画像に写った文字を読んでください
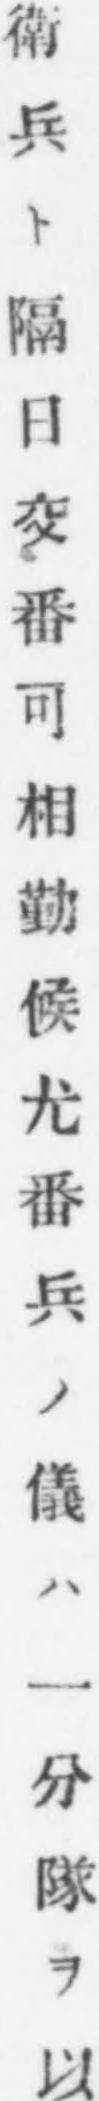
「衛兵ト隔日交番可相勤候尤番兵ノ儀ハ一分隊ヲ以」と書いてあります